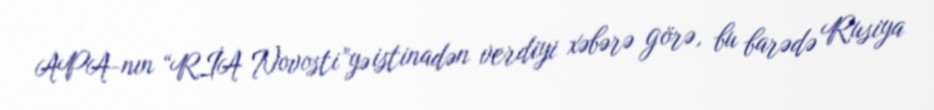
APA-nın “RİA Novosti”yə istinadən verdiyi xəbərə görə, bu barədə Rusiya